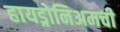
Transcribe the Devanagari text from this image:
हायड्रोनिअमची